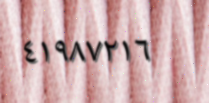
٤١٩٨٧٢١٦